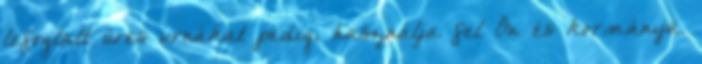
lefoglalt üres urnákat pedig, használja fel Ön és kormánya.